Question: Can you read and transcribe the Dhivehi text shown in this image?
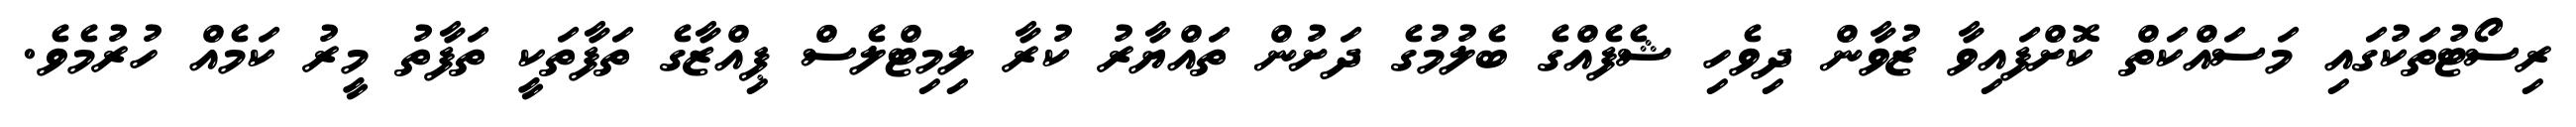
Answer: ރިސޯޓުތަކުގައި މަސައްކަތް ކޮށްފައިވާ ޒުވާން ދިވެހި ޝެފެއްގެ ބެލުމުގެ ދަށުން ތައްޔާރު ކުރާ ލިމިޓްލެސް ޕިއްޒާގެ ތަފާތަކީ ތަފާތު މީރު ކަމެއް ހުރުމެވެ.